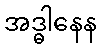
အဒ္ဓါနေန